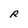
Character: R